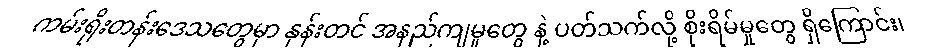
ကမ်းရိုးတန်းဒေသတွေမှာ နုန်းတင် အနည်ကျမှုတွေ နဲ့ ပတ်သက်လို့ စိုးရိမ်မှုတွေ ရှိကြောင်း၊